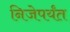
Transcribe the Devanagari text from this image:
निजेपर्यंत